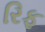
રિફ